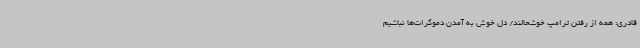
قادری: همه از رفتن ترامپ خوشحالند/ دل خوش به آمدن دموکرات‌ها نباشیم